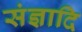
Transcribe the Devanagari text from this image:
संज्ञादि